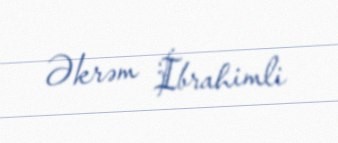
Əkrəm İbrahimli